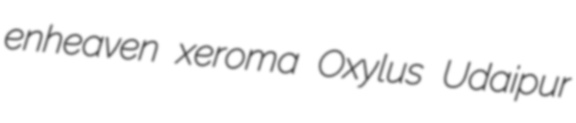
enheaven xeroma Oxylus Udaipur